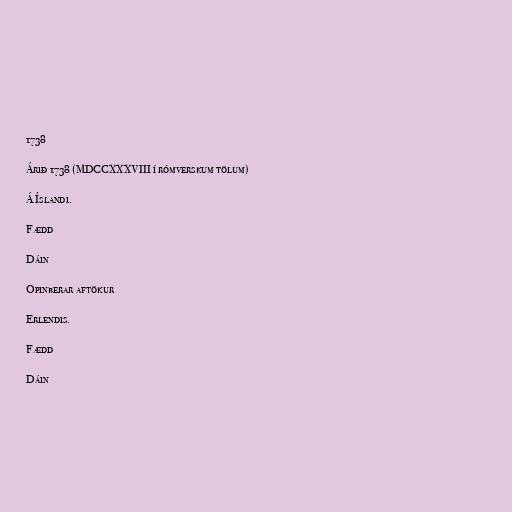
1738

Árið 1738 (MDCCXXXVIII í rómverskum tölum)

Á Íslandi.

Fædd

Dáin

Opinberar aftökur

Erlendis.

Fædd

Dáin